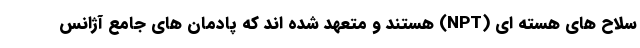
سلاح های هسته ای (NPT) هستند و متعهد شده اند که پادمان های جامع آژانس